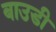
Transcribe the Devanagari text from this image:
बाउडी